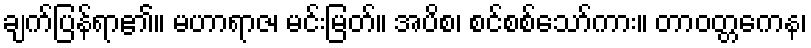
ချက်ပြန်ရာ၏။ မဟာရာဇ၊ မင်းမြတ်။ အပိစ၊ စင်စစ်သော်ကား။ တာဝတ္တကေန၊